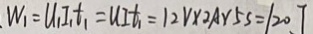
W _ { 1 } = U _ { 1 } I _ { 1 } t _ { 1 } = U I t _ { 1 } = 1 2 V \times 2 A \times 5 s = 1 2 0 J